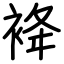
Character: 袶